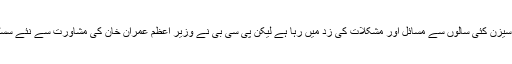
پاکستان کا فرسٹ کلاس سیزن کئی سالوں سے مسائل اور مشکلات کی زد میں رہا ہے لیکن پی سی بی نے وزیر اعظم عمران خان کی مشاورت سے نئے سسٹم کو متعارف کرایا ہے۔